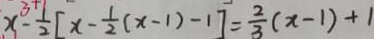
x - \frac { 1 } { 2 } [ x - \frac { 1 } { 2 } ( x - 1 ) - 1 ] = \frac { 2 } { 3 } ( x - 1 ) + 1